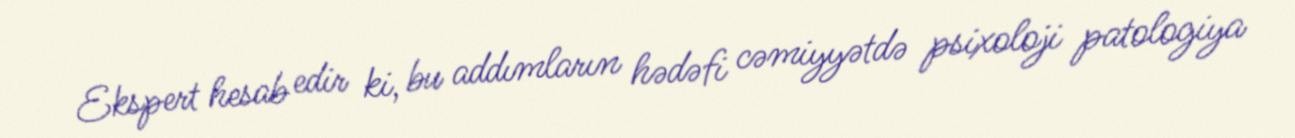
Ekspert hesab edir ki, bu addımların hədəfi cəmiyyətdə psixoloji patologiya